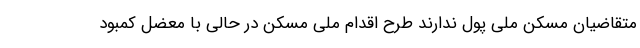
متقاضیان مسکن ملی پول ندارند طرح اقدام ملی مسکن در حالی با معضل کمبود